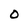
Character: O